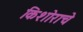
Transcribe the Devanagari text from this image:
किशोराचे